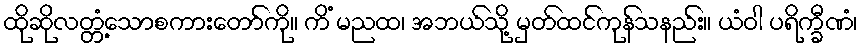
ထိုဆိုလတ္တံ့သောစကားတော်ကို။ ကိံ မညထ၊ အဘယ်သို့ မှတ်ထင်ကုန်သနည်း။ ယံဝါ ပရိက္ခီဏံ၊